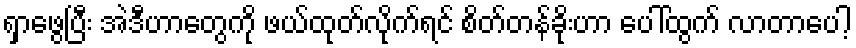
ရှာဖွေပြီး အဲဒီဟာတွေကို ဖယ်ထုတ်လိုက်ရင် စိတ်တန်ခိုးဟာ ပေါ်ထွက် လာတာပေါ့